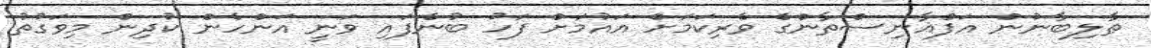
ޠާލިބާނުން އަފްޣާނިސްތާންގެ ވެރިކަމަށް އައުމަށް ފަހު ބުނެފައި ވަނީ އަންހެން ކުދިން މިވަގުތު